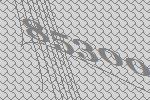
85300